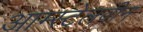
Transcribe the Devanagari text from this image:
आम्स्टेलवीन